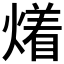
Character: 𤏲